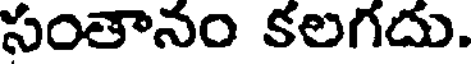
సంతానం కలగదు.